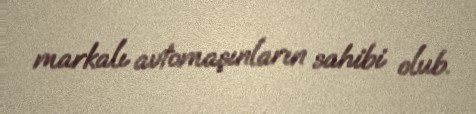
markalı avtomaşınların sahibi olub.